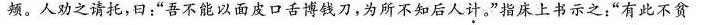
频。人劝之请托，曰：“吾不能以面皮口舌博钱刀，为所不知后人计。”指床上书示之：”有此不贫